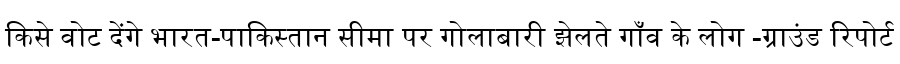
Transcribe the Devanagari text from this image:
किसे वोट देंगे भारत-पाकिस्तान सीमा पर गोलाबारी झेलते गाँव के लोग -ग्राउंड रिपोर्ट